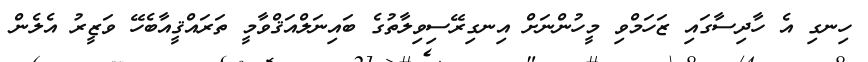
ހިނގި އެ ހާދިސާގައި ޒަހަމްވި މީހުންނަށް އިނގިރޭސިވިލާތުގެ ބައިނަލްއަޤްވާމީ ތަރައްޤީއާބެހޭ ވަޒީރު އެލެން